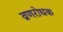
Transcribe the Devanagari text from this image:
व्रणरोधक